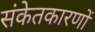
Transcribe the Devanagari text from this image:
संकेतकारणों